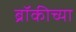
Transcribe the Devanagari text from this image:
ब्रॉकीच्या